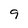
Character: 9